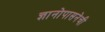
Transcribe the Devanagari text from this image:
ज्ञानोपासनेची